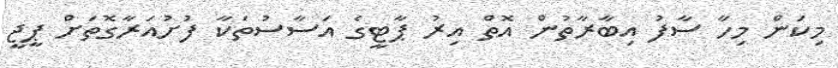
މިކަން މިހާ ސާފު އިބާރާތުން އޮތް އިރު ޕާޓީގެ އަސާސުތަކާ ފުށުއަރާގޮތަށް ޕީޖީ